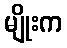
မျိုးက